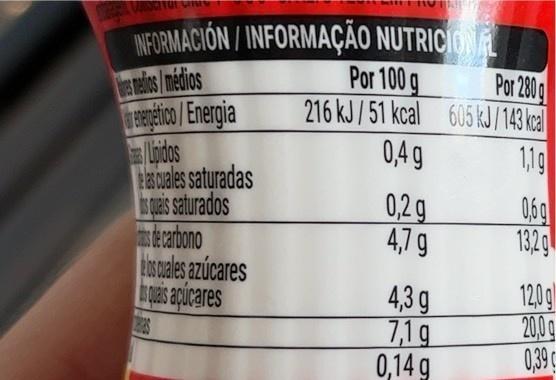
INCITUL C
INFORMACIÓN / INFORMAÇÃO NUTRICIONAL
s medios/médios
energetico/Energia
Lipidos las cuales saturadas
s quais saturados
de carbono
los cuales azúcares quais açúcares
1825
Por 100 g
Por 280 g
216 kJ/51 kcal 605 kJ/143 kcal
0,4 g
1,1g
0,2g
4,79
4,3 g
7,1 g
0,14 g
0,6g
00
13,2g
12,0g
20,0 g
0,39